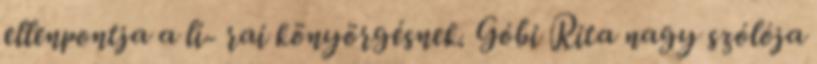
ellenpontja a lí- rai könyörgésnek. Góbi Rita nagy szólója